Insane asylums in Bengal annual reports 1876-1887 - 1876-1887
Year: 1876
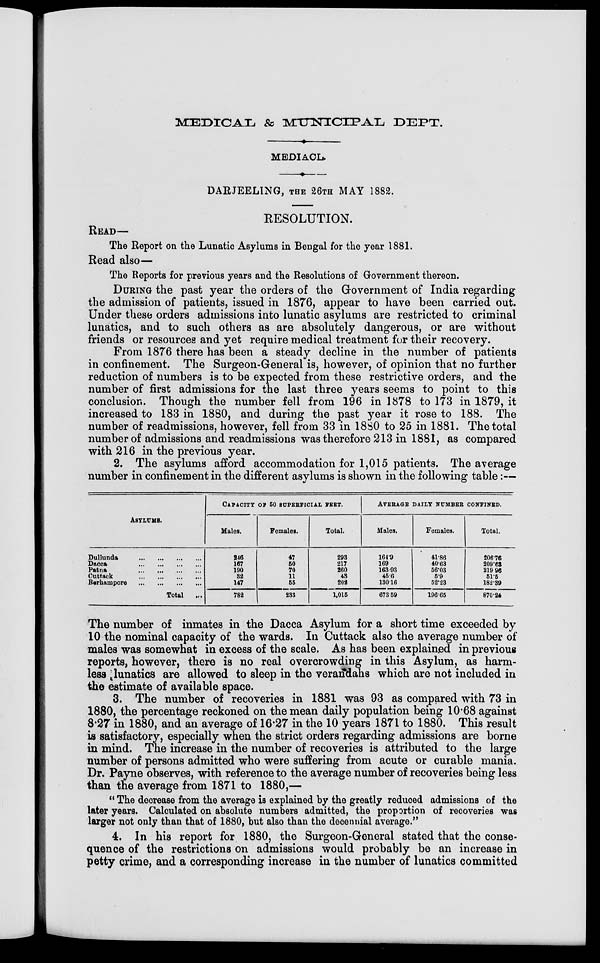
MEDICAL. & MUNICIPAL DEPT.
MEDIACL.
DARJEELING, THE 26TH MAY 1882.
RESOLUTION.
READ—
The Report on the Lunatic Asylums in Bengal for the year 1881.
Read also—
The Reports for previous years and the Resolutions of Government thereon.
DURING the past year the orders of the Government of India regarding
the admission of patients, issued in 1876, appear to have been carried out.
Under these orders admissions into lunatic asylums are restricted to criminal
lunatics, and to such others as are absolutely dangerous, or are without
friends or resources and yet require medical treatment for their recovery.
From 1876 there has been a steady decline in the number of patients
in confinement. The Surgeon-General is, however, of opinion that no further
reduction of numbers is to be expected from these restrictive orders, and the
number of first admissions for the last three years seems to point to this
conclusion. Though the number fell from 196 in 1878 to 173 in 1879, it
increased to 183 in 1880, and during the past year it rose to 188. The
number of readmissions, however, fell from 33 in 1880 to 25 in 1881. The total
number of admissions and readmissions was therefore 213 in 1881, as compared
with 216 in the previous year.
2. The asylums afford accommodation for 1,015 patients. The average
number in confinement in the different asylums is shown in the following table:—
ASYLUMS.
Dullunda ... ... ... ...
Dacca
...
...
...
...
Patna
...
...
...
...
Cuttack
...
...
...
...
Berhampore
...
...
...
...
Total ...
CAPACITY OF 50 SUPERFICIAL FEET.
Males.
246
167
190
32
147
782
Females.
47
50
70
11
55
233
Total.
293
217
260
43
202
1,015
AVERAGE DAILY NUMBER CONFINED.
Males.
164.9
169
163.93
45.6
130.16
673.59
Females.
41.86
40.63
56.03
5.9
52.23
196.65
Total.
206.76
209.63
219.96
51.5
182.39
870.24
The number of inmates in the Dacca Asylum for a short time exceeded by
10 the nominal capacity of the wards. In Cuttack also the average number of
males was somewhat in excess of the scale. As has been explained in previous
reports, however, there is no real overcrowding in this Asylum, as harm-
less lunatics are allowed to sleep in the verandahs which are not included in
the estimate of available space.
3. The number of recoveries in 1881 was 93 as compared with 73 in
1880, the percentage reckoned on the mean daily population being 10.68 against
8.27 in 1880, and an average of 16.27 in the 10 years 1871 to 1880. This result
is satisfactory, especially when the strict orders regarding admissions are borne
in mind. The increase in the number of recoveries is attributed to the large
number of persons admitted who were suffering from acute or curable mania.
Dr. Payne observes, with reference to the average number of recoveries being less
than the average from 1871 to 1880,—
"The decrease from the average is explained by the greatly reduced admissions of the
later years. Calculated on absolute numbers admitted, the proportion of recoveries was
larger not only than that of 1880, but also than the decennial average."
4. In his report for 1880, the Surgeon-General stated that the conse-
quence of the restrictions on admissions would probably be an increase in
petty crime, and a corresponding increase in the number of lunatics committed